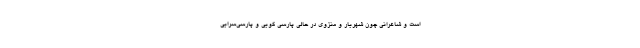
است و شاعرانی چون شهریار و منزوی در حالی پارسی گویی و پارسی‌سرایی